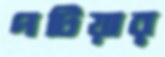
পটিয়ার